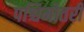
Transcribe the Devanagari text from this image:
पश्चिमोतरी